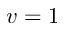
v = 1